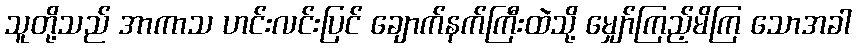
သူတို့သည် အာကာသ ဟင်းလင်းပြင် ချောက်နက်ကြီးထဲသို့ မျှော်ကြည့်မိကြ သောအခါ